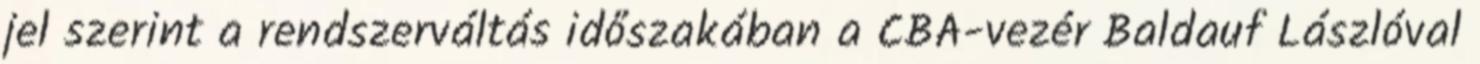
jel szerint a rendszerváltás időszakában a CBA-vezér Baldauf Lászlóval